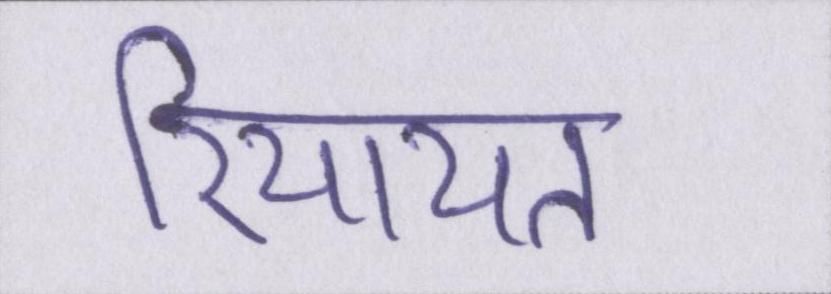
रियायत